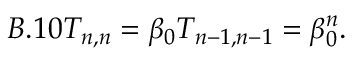
B . 1 0 T _ { n , n } = \beta _ { 0 } T _ { n - 1 , n - 1 } = \beta _ { 0 } ^ { n } .